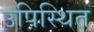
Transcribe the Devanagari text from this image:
उपिस्‍थित